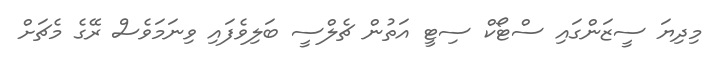
މިދިޔަ ސީޒަންގައި ސްޓޯކް ސިޓީ އަތުން ޗެލްސީ ބަލިވެފައި ވިނަމަވެސް ރޭގެ މެޗަށް